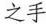
之手